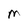
Character: M